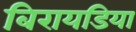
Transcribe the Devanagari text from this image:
बिरायडिया